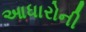
આધારોની